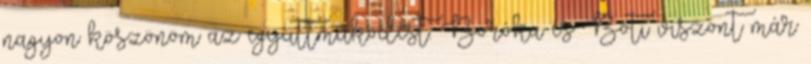
nagyon köszönöm az együttműködést. Boróka és Boti viszont már